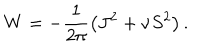
LaTeX: W = - \frac { 1 } { 2 \pi } \left( J ^ { 2 } + \nu S ^ { 2 } \right) .